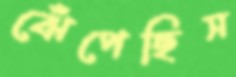
ঝেঁপেছিস